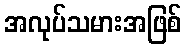
အလုပ်သမားအဖြစ်